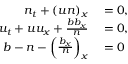
\begin{array} { r l } { n _ { t } + ( u n ) _ { x } } & { { } = 0 , } \\ { u _ { t } + u u _ { x } + \frac { b b _ { x } } { n } } & { { } = 0 , } \\ { b - n - \left( \frac { b _ { x } } { n } \right) _ { x } } & { { } = 0 } \end{array}